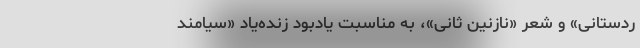
ُردستانی» و شعر «نازنین ثانی»، به مناسبت یادبود زنده‌یاد «سیامند